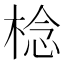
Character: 棯